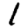
Digit: 1